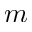
m